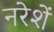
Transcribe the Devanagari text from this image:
नरेशें